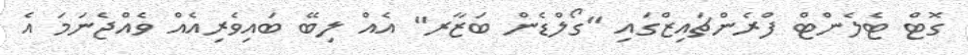
ގޮޓް ޓެލެންޓް ފްރެންޗައިޒްގައި "ގޯލްޑެން ބަޒާރ" އެއް ލިބޭ ބައިވެރިއެއް ވެއްޖެނަމަ އެ